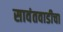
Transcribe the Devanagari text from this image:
सावंतवाडीचा